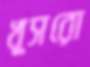
খুসরো